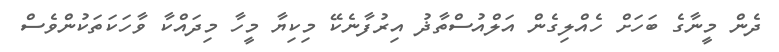
ދެން މީނާގެ ބަހަށް ހެއްލިގެން އަލްއުސްތާޛު އިރުފާނެކޭ މިކިޔާ މީހާ މިދައްކާ ވާހަކަތަކުންވެސް